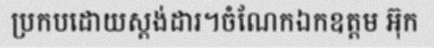
ប្រកបដោយស្តង់ដារ។ចំណែកឯកឧត្តម អ៊ុក